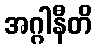
အဂ္ဂါနီတိ